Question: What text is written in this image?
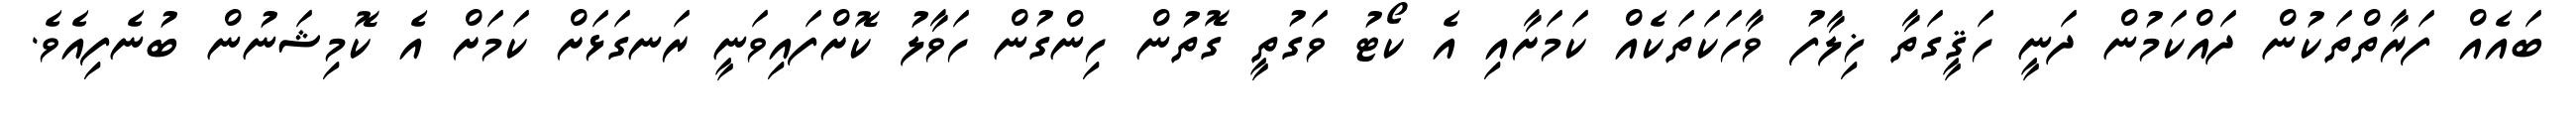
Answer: ބައެއް ފަރާތްތަކުން ދައްކަމުން ދަނީ ހަޤީގަތާ ޚިލާފު ވާހަކަތަކެއް ކަމަށާއި އެ ކޯޓު ވަގުތީ ގޮތުން ހިންގުން ހަވާލު ކޮށްފައިވަނީ ރަނގަޅަށް ކަމަށް އެ ކޮމިޝަނުން ބުނެފިއެވެ.